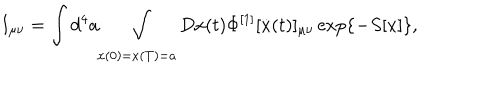
\mathrm { I } _ { \mu \nu } = \int { d ^ { 4 } a \int _ { x ( 0 ) = x ( T ) = a } { D x ( t ) } } \Phi ^ { [ 1 ] } [ \dot { x } ( t ) ] _ { \mu \nu } \exp \{ - S [ x ] \} ,